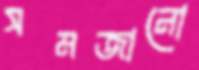
সমজানো